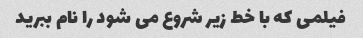
فیلمی که با خط زیر شروع می شود را نام ببرید